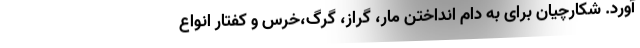
آورد. شکارچیان برای به دام انداختن مار، گراز، گرگ،خرس و کفتار انواع